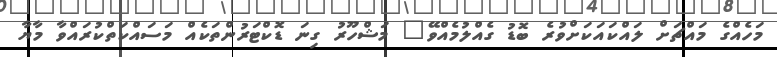
މަހެއްގެ މައްޗަށް ލައްކައަކަށްވުރެ ބޮޑު ގެއްލުމެއްވޭ" މަޝްހޫރު ގިނަ ޑޮކްޓަރުންތަކެއް މަސައްކަތްކުރައްވާ މާޔާ